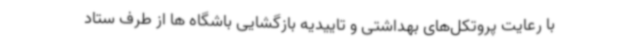
با رعایت پروتکل‌های بهداشتی و تاییدیه بازگشایی باشگاه ها از طرف ستاد